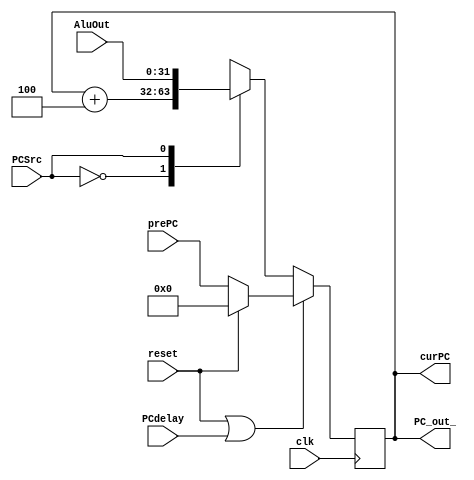
module PC (
        input clk,               //
        input reset,             //1-PC
        input PCSrc,             //
        input [31:0] AluOut,  //ALU
        input PCdelay,
        input [31:0] prePC,
        output reg[31:0] curPC,  //   
        output reg[31:0] PC_out_ 
    );
    initial begin
        curPC <= -4; //-4
    end
    reg [31:0] tmp;

    always @*  begin
        curPC <= tmp;
        PC_out_<=tmp;
    end
    // 
    always@(posedge clk)
    begin
        if (reset | PCdelay) begin
            if (reset) tmp = 0;
            else tmp = prePC;
        end
        else begin
            case(PCSrc)   //
                1'b0:   tmp = curPC + 4;
                1'b1:   tmp = AluOut;
            endcase
        end
       // $display("NPC:%h PCdelay:%h",tmp,PCdelay);
    end
    
endmodule //PC